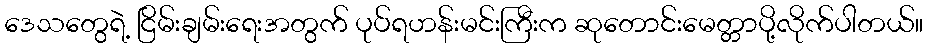
ဒေသတွေရဲ့ ငြိမ်းချမ်းရေးအတွက် ပုပ်ရဟန်းမင်းကြီးက ဆုတောင်းမေတ္တာပို့လိုက်ပါတယ်။